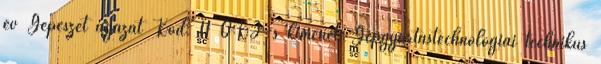
év Gépészet ágazat Kód: 11 OKJ-s kimenet: Gépgyártástechnológiai technikus